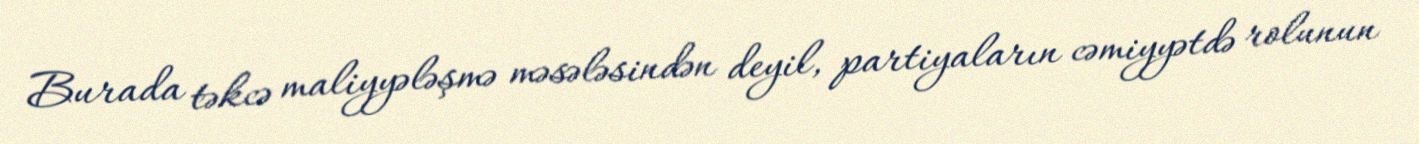
Burada təkcə maliyyələşmə məsələsindən deyil, partiyaların cəmiyyətdə rolunun